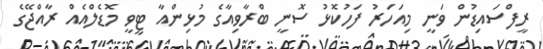
ރީފްސައިޑުން ވަނީ މިއަހަރު ފަހުކޮޅު ސޮނީ ބްރާވިއާގެ މުޅިންއާ ޓީވީ މޮޑެލްއެއް ރާއްޖޭގެ